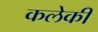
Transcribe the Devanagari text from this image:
कलेकी